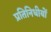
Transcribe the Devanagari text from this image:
प्रतिनिधीयों